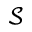
\mathcal { S }